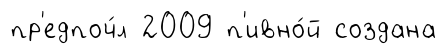
пр'едпоч́л 2009 п'ивно́й создана